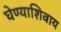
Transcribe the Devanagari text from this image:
घेण्याशिवाय